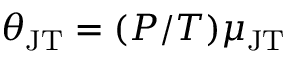
\theta _ { \mathrm { J T } } = ( P / T ) \mu _ { \mathrm { J T } }